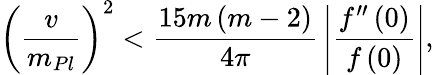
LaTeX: \left(\frac{v}{m_{Pl}}\right)^{2}<{\frac{15m\left(m-2\right)}{4\pi}}\left|{\frac{f^{\prime\prime}\left(0\right)}{f\left(0\right)}}\right|,